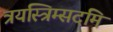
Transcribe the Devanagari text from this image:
त्रयस्त्रिम्सदमि